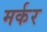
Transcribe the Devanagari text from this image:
मर्कर